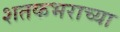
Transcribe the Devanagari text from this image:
शतकभराच्या